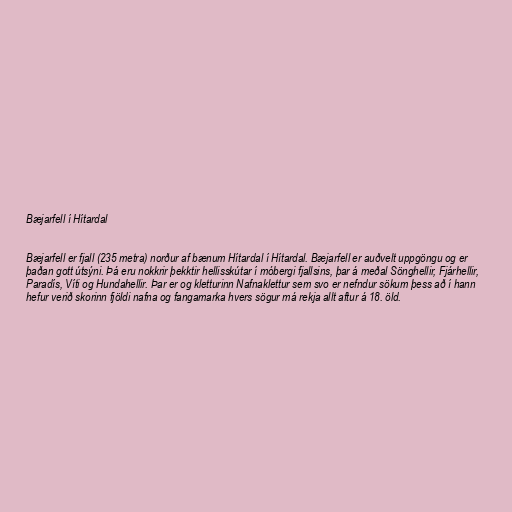
Bæjarfell í Hítardal

Bæjarfell er fjall (235 metra) norður af bænum Hítardal í Hítardal. Bæjarfell er auðvelt uppgöngu og er
þaðan gott útsýni. Þá eru nokkrir þekktir hellisskútar í móbergi fjallsins, þar á meðal Sönghellir, Fjárhellir,
Paradís, Víti og Hundahellir. Þar er og kletturinn Nafnaklettur sem svo er nefndur sökum þess að í hann
hefur verið skorinn fjöldi nafna og fangamarka hvers sögur má rekja allt aftur á 18. öld.